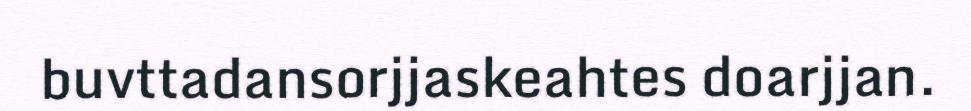
buvttadansorjjaskeahtes doarjjan.